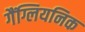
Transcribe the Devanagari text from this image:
गैंग्लियनिक